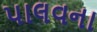
પાલવના